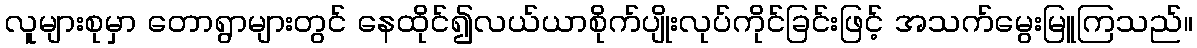
လူများစုမှာ တောရွာများတွင် နေထိုင်၍လယ်ယာစိုက်ပျိုးလုပ်ကိုင်ခြင်းဖြင့် အသက်မွေးမြူကြသည်။